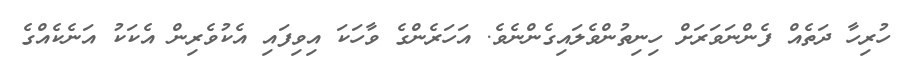
ހުރިހާ ދަތެއް ފެންނަވަރަށް ހިނިތުންވެލައިގެންނެވެ. އަހަރެންގެ ވާހަކަ އިވިފައި އެކުވެރިން އެކަކު އަނެކެއްގެ